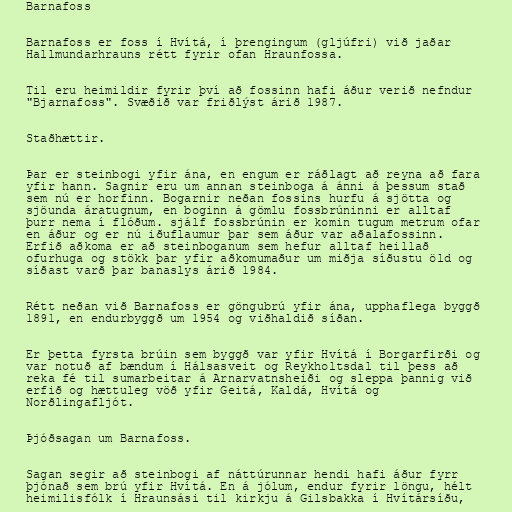
Barnafoss

Barnafoss er foss í Hvítá, í þrengingum (gljúfri) við jaðar
Hallmundarhrauns rétt fyrir ofan Hraunfossa.

Til eru heimildir fyrir því að fossinn hafi áður verið nefndur
"Bjarnafoss". Svæðið var friðlýst árið 1987.

Staðhættir.

Þar er steinbogi yfir ána, en engum er ráðlagt að reyna að fara
yfir hann. Sagnir eru um annan steinboga á ánni á þessum stað
sem nú er horfinn. Bogarnir neðan fossins hurfu á sjötta og
sjöunda áratugnum, en boginn á gömlu fossbrúninni er alltaf
þurr nema í flóðum. sjálf fossbrúnin er komin tugum metrum ofar
en áður og er nú iðuflaumur þar sem áður var aðalafossinn.
Erfið aðkoma er að steinboganum sem hefur alltaf heillað
ofurhuga og stökk þar yfir aðkomumaður um miðja síðustu öld og
síðast varð þar banaslys árið 1984.

Rétt neðan við Barnafoss er göngubrú yfir ána, upphaflega byggð
1891, en endurbyggð um 1954 og viðhaldið síðan.

Er þetta fyrsta brúin sem byggð var yfir Hvítá í Borgarfirði og
var notuð af bændum í Hálsasveit og Reykholtsdal til þess að
reka fé til sumarbeitar á Arnarvatnsheiði og sleppa þannig við
erfið og hættuleg vöð yfir Geitá, Kaldá, Hvítá og
Norðlingafljót.

Þjóðsagan um Barnafoss.

Sagan segir að steinbogi af náttúrunnar hendi hafi áður fyrr
þjónað sem brú yfir Hvítá. En á jólum, endur fyrir löngu, hélt
heimilisfólk í Hraunsási til kirkju á Gilsbakka í Hvítársíðu,